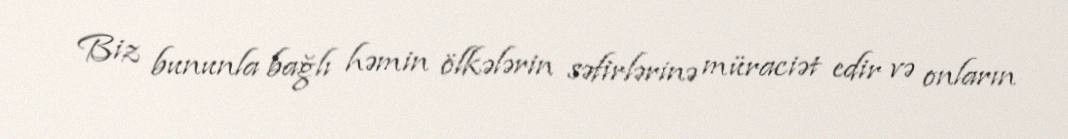
Biz bununla bağlı həmin ölkələrin səfirlərinə müraciət edir və onların